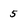
Character: 5